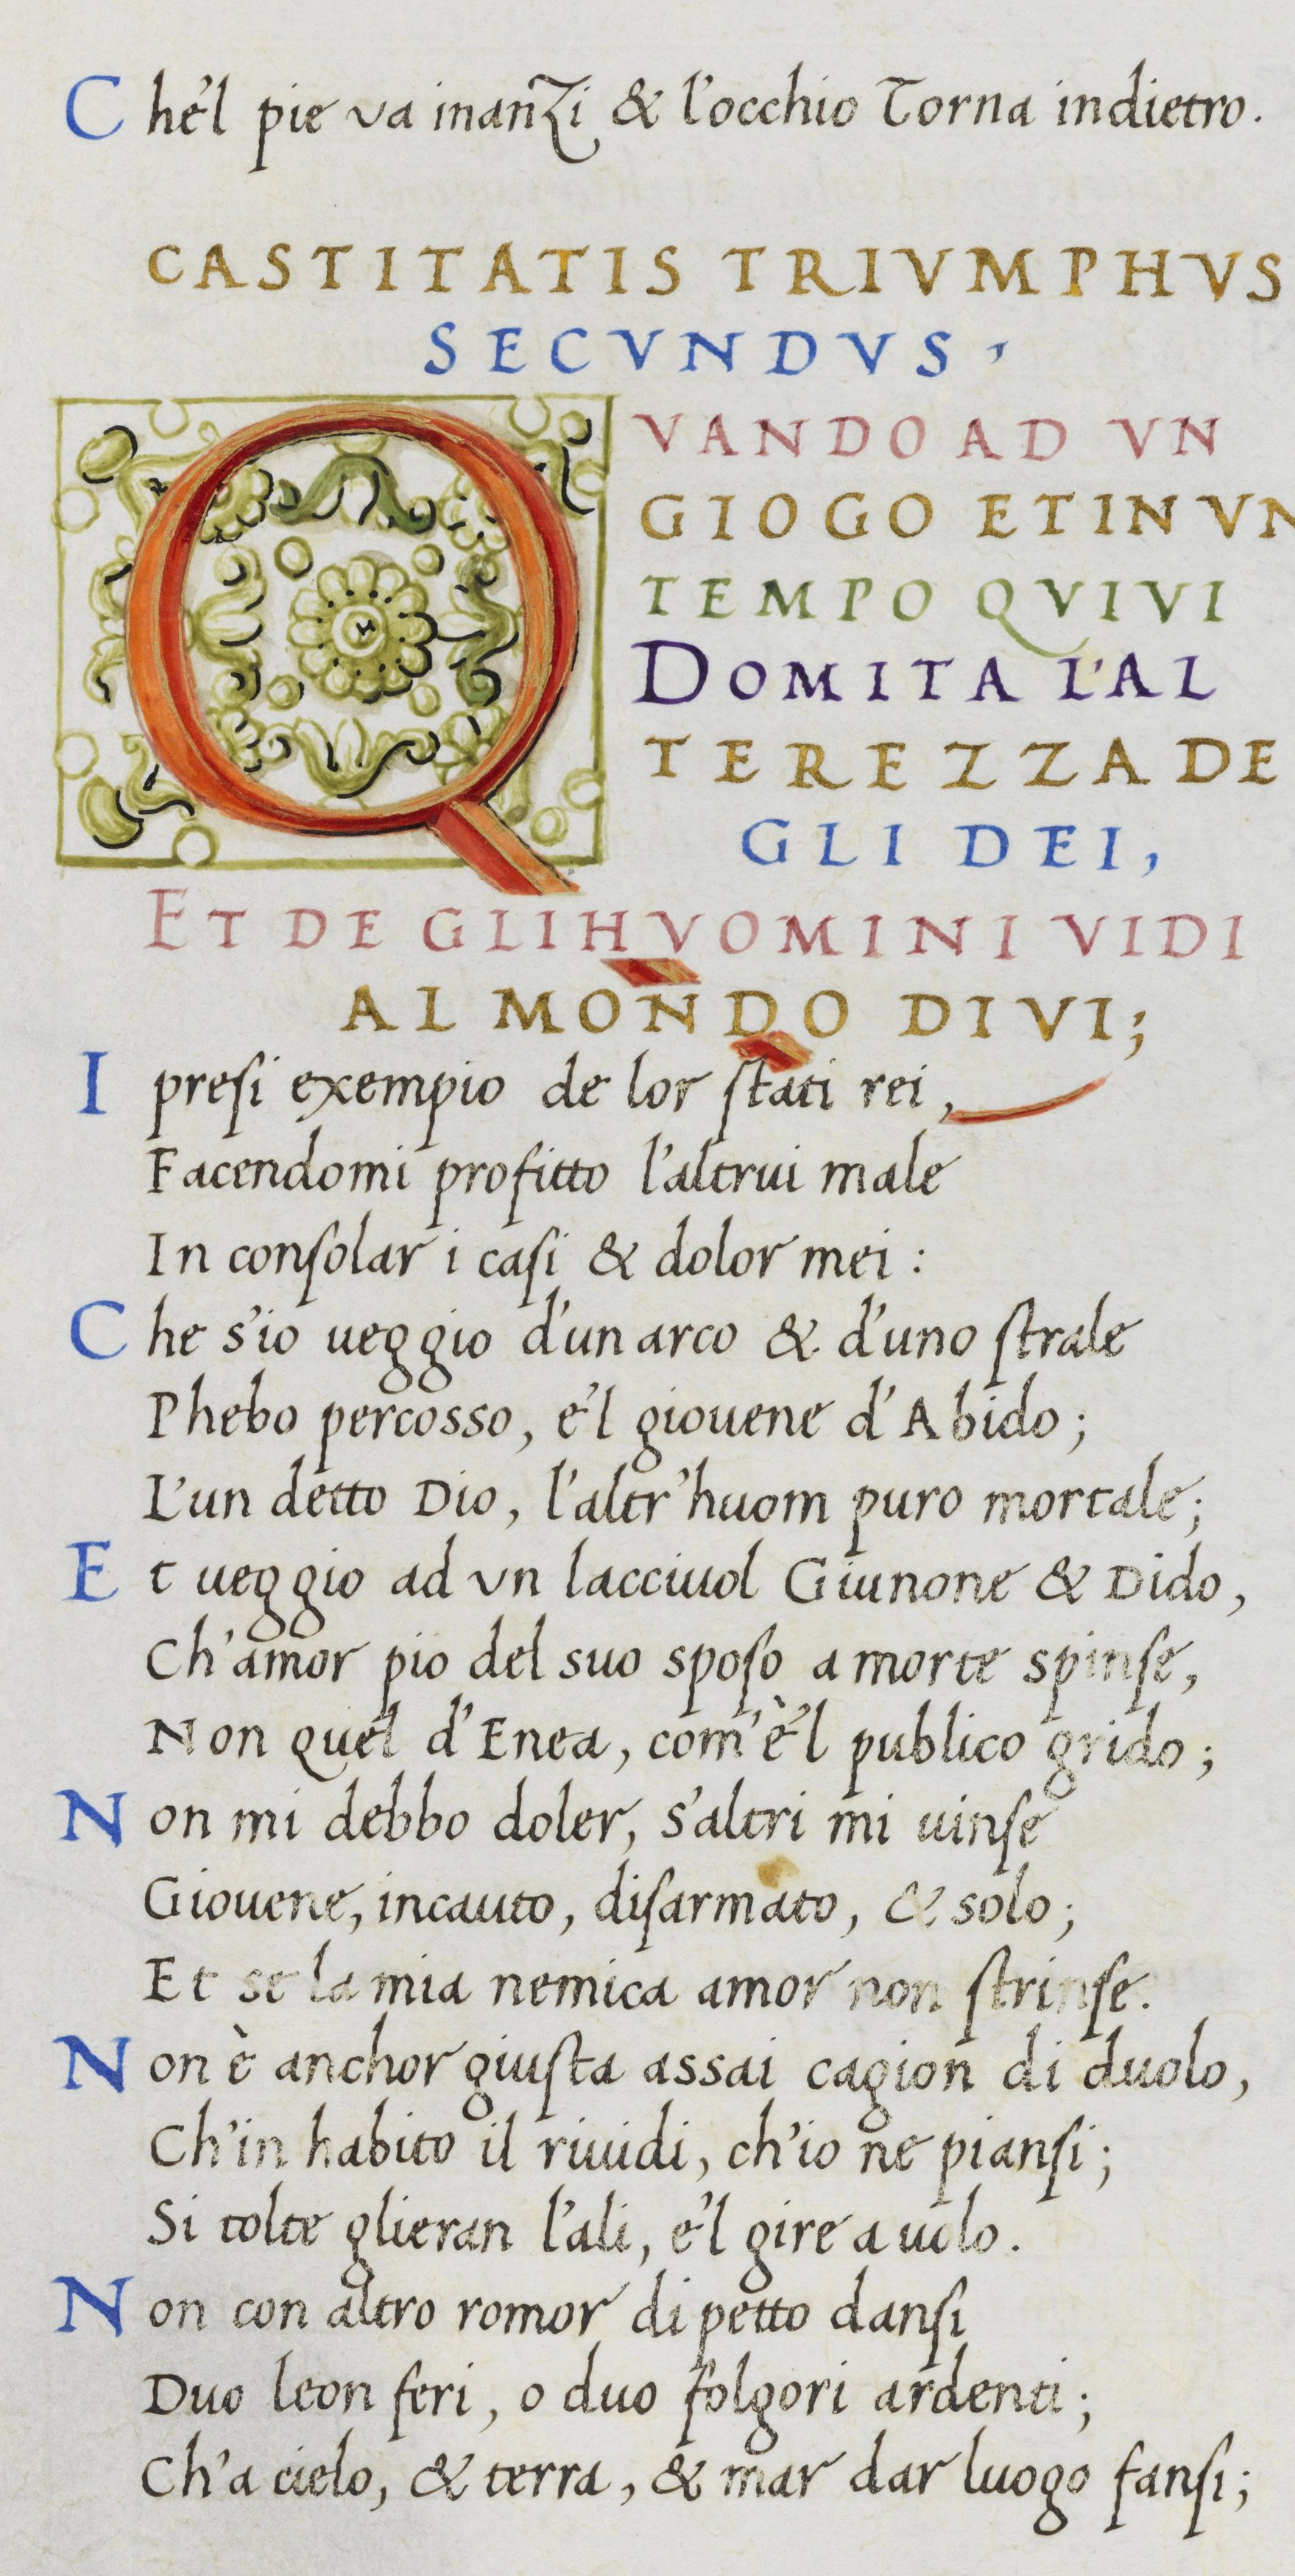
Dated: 1400–1499